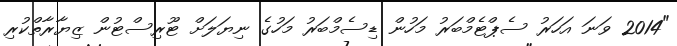
"2014 ވަނަ އަހަރު ސެޕްޓެމްބަރު މަހުން ޑިސެމްބަރު މަހުގެ ނިޔަލަށް ޓޫރިސްޓުން ޒިޔާރާތްކުރި